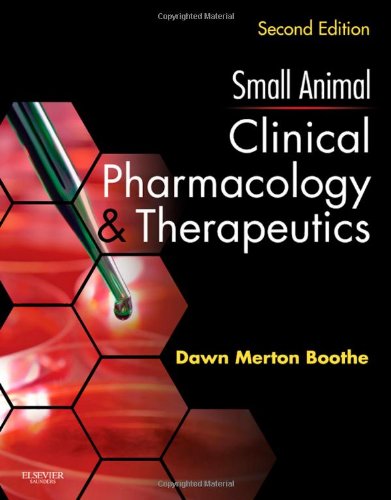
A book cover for Small Animal Clinical Pharmacology and Therapeutics, 2e; Dawn Merton Boothe DVM  MS  PhD  DACVIM  DACVCP; Medical Books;